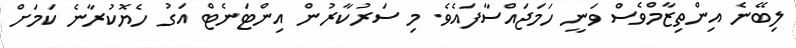
ލިބޭނެ އިންތިޒާމްވެސް ވަނީ ހަމަޖައްސާފައެވެ. މި ސަރުކާރުން އިންޓަނެޓް އަގު ހެޔޮކުރާނެ ކަމަށް